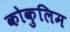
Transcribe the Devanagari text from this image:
कोकुलिम